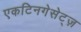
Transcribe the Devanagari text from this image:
एकटिनगेसेट्ज़